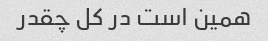
همین است در کل چقدر